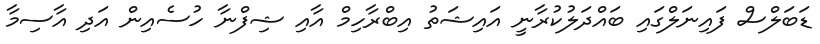
ޑަބަލްސް ފައިނަލްގައި ބައްދަލުކުރާނީ އައިޝަތު އިބްރާހިމް އާއި ޝިފްނާ ހުސެއިން އަދި އާސިމާ